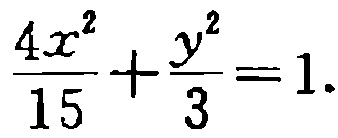
$\frac{4x^{2}}{15}+\frac{y^{2}}{3}=1.$